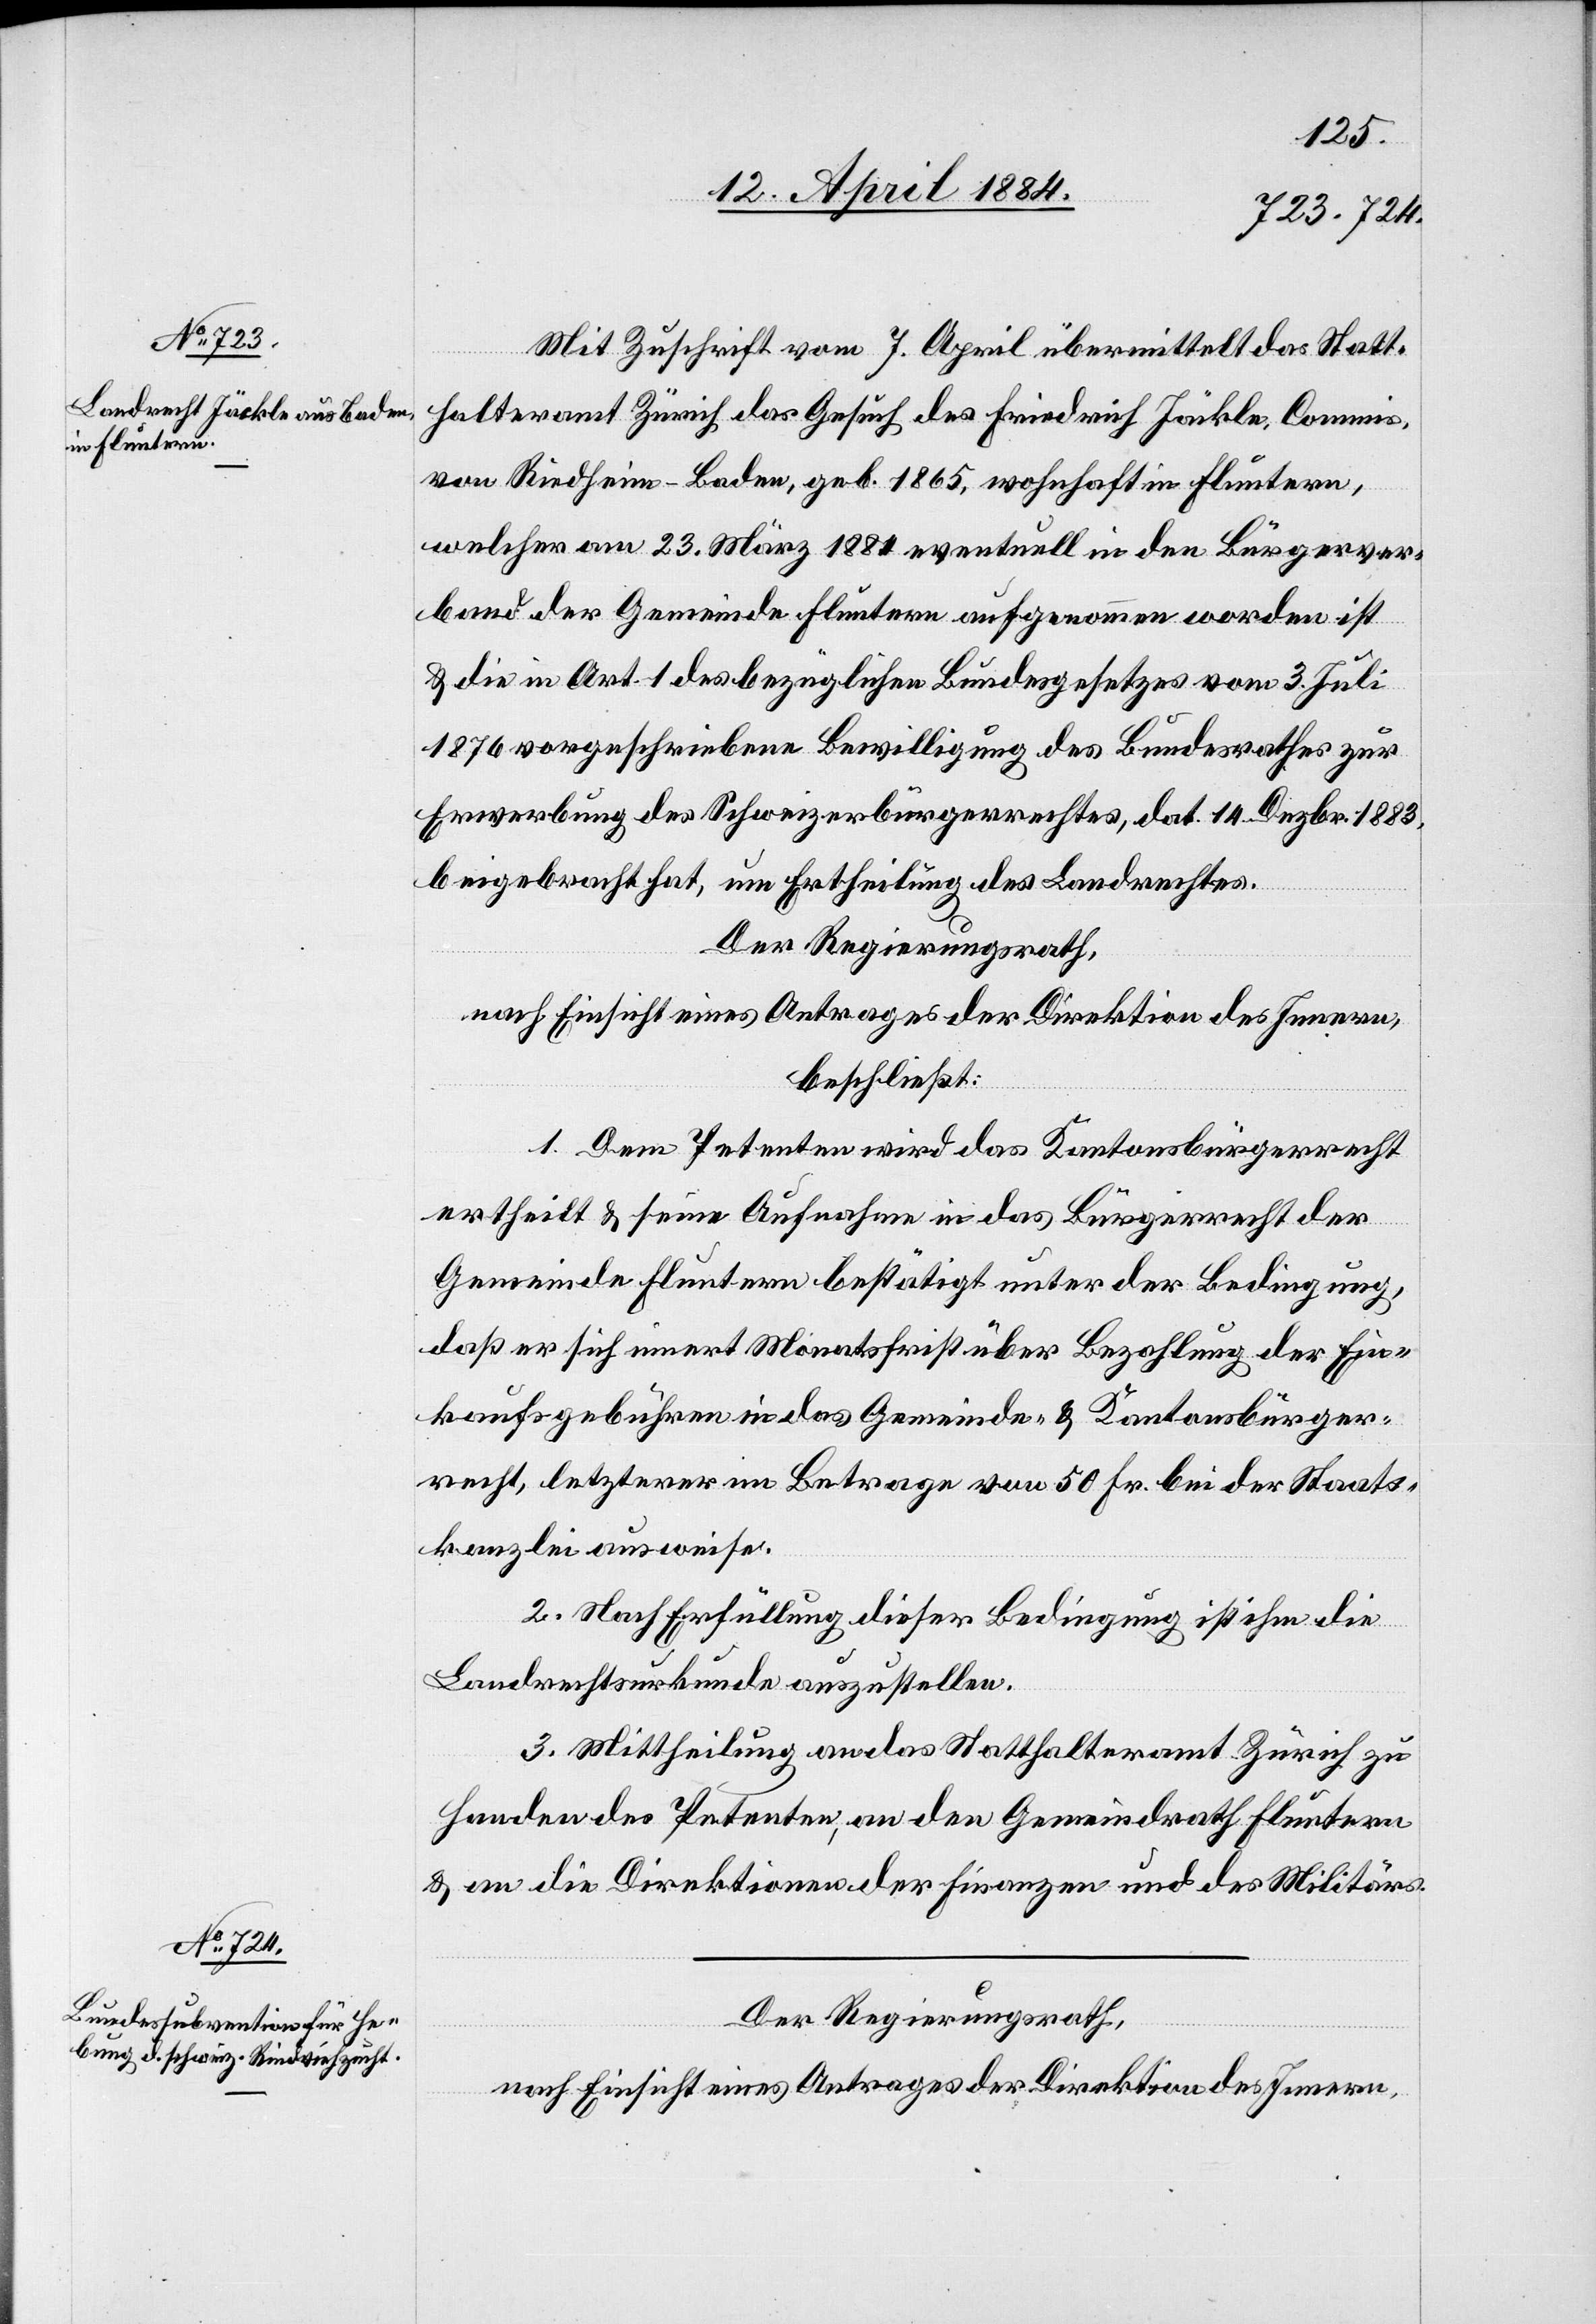
Mit Zuschrift vom 7. April übermittelt das Statt¬
halteramt Zürich das Gesuch des Friedrich Jäckle, Commis
von Riedheim - Baden, geb. 1865, wohnhaft in Fluntern,
welcher am 23. März 1884 eventuell in den Bürgerver¬
band der Gemeinde Fluntern aufgenommen worden ist
& die in Art. 1 des bezüglichen Bundesgesetzes vom 3. Juli
1876 vorgeschriebene Bewilligung des Bundesrathes zur
Erwerbung des Schweizerbürgerrechtes, dat. 14. Dezbr. 1883,
beigebracht hat, um Ertheilung des Landrechtes.
Der Regierungsrath,
nach Einsicht eines Antrages der Direktion des Innern,
beschließt:
1. Dem Petenten wird das Kantonsbürgerrecht
ertheilt & seine Aufnahme in das Bürgerrecht der
Gemeinde Fluntern bestätigt unter der Bedingung,
daß er sich innert Monatsfrist über Bezahlung der Ein¬
kaufsgebühren in das Gemeinde- & Kantonsbürger¬
recht, letzterer im Betrage von 50 Fr. bei der Staats¬
kanzlei ausweise.
2. Nach Erfüllung dieser Bedingung ist ihm die
Landrechtsurkunde auszustellen.
3. Mittheilung an das Statthalteramt Zürich zu
Handen des Petenten, an den Gemeindrath Fluntern
& an die Direktion der Finanzen und des Militärs.
Der Regierungsrath,
nach Einsicht eines Antrages der Direktion des Innern,